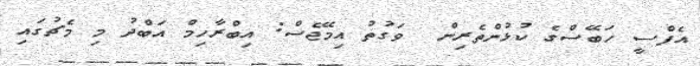
އެފްސީ ހަބޭސްގެ ކުޅުންތެރިން  ވަގުތު އިމޭޖެސް: އިބްރާހިމް އަބްދު މި މެޗުގައި